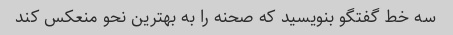
سه خط گفتگو بنویسید که صحنه را به بهترین نحو منعکس کند